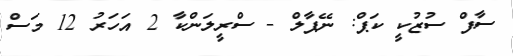
ސާފް ސުޒުކީ ކަޕް: ނޭޕާލް - ސްރީލަންކާ 2 އަހަރު 12 މަސް